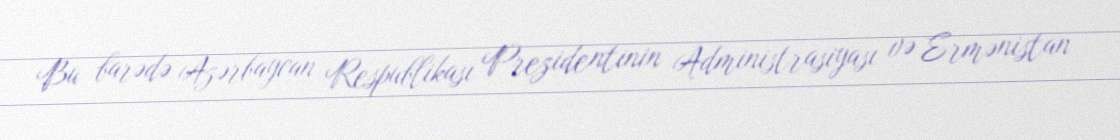
Bu barədə Azərbaycan Respublikası Prezidentinin Administrasiyası və Ermənistan